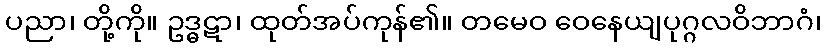
ပညာ၊ တို့ကို။ ဥဒ္ဓဋာ၊ ထုတ်အပ်ကုန်၏။ တမေဝ ဝေနေယျပုဂ္ဂလဝိဘာဂံ၊